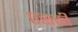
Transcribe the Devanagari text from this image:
एसकी